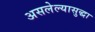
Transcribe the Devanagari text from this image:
असलेल्यासुद्धा